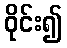
ဝိုင်း၍